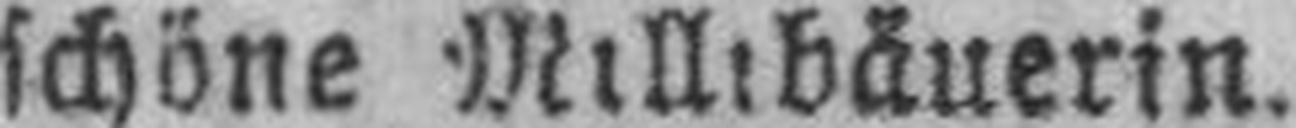
schöne Millibäuerin.